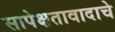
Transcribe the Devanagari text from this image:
सापेक्षतावादाचे